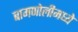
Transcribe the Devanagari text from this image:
बामणोलीमध्ये